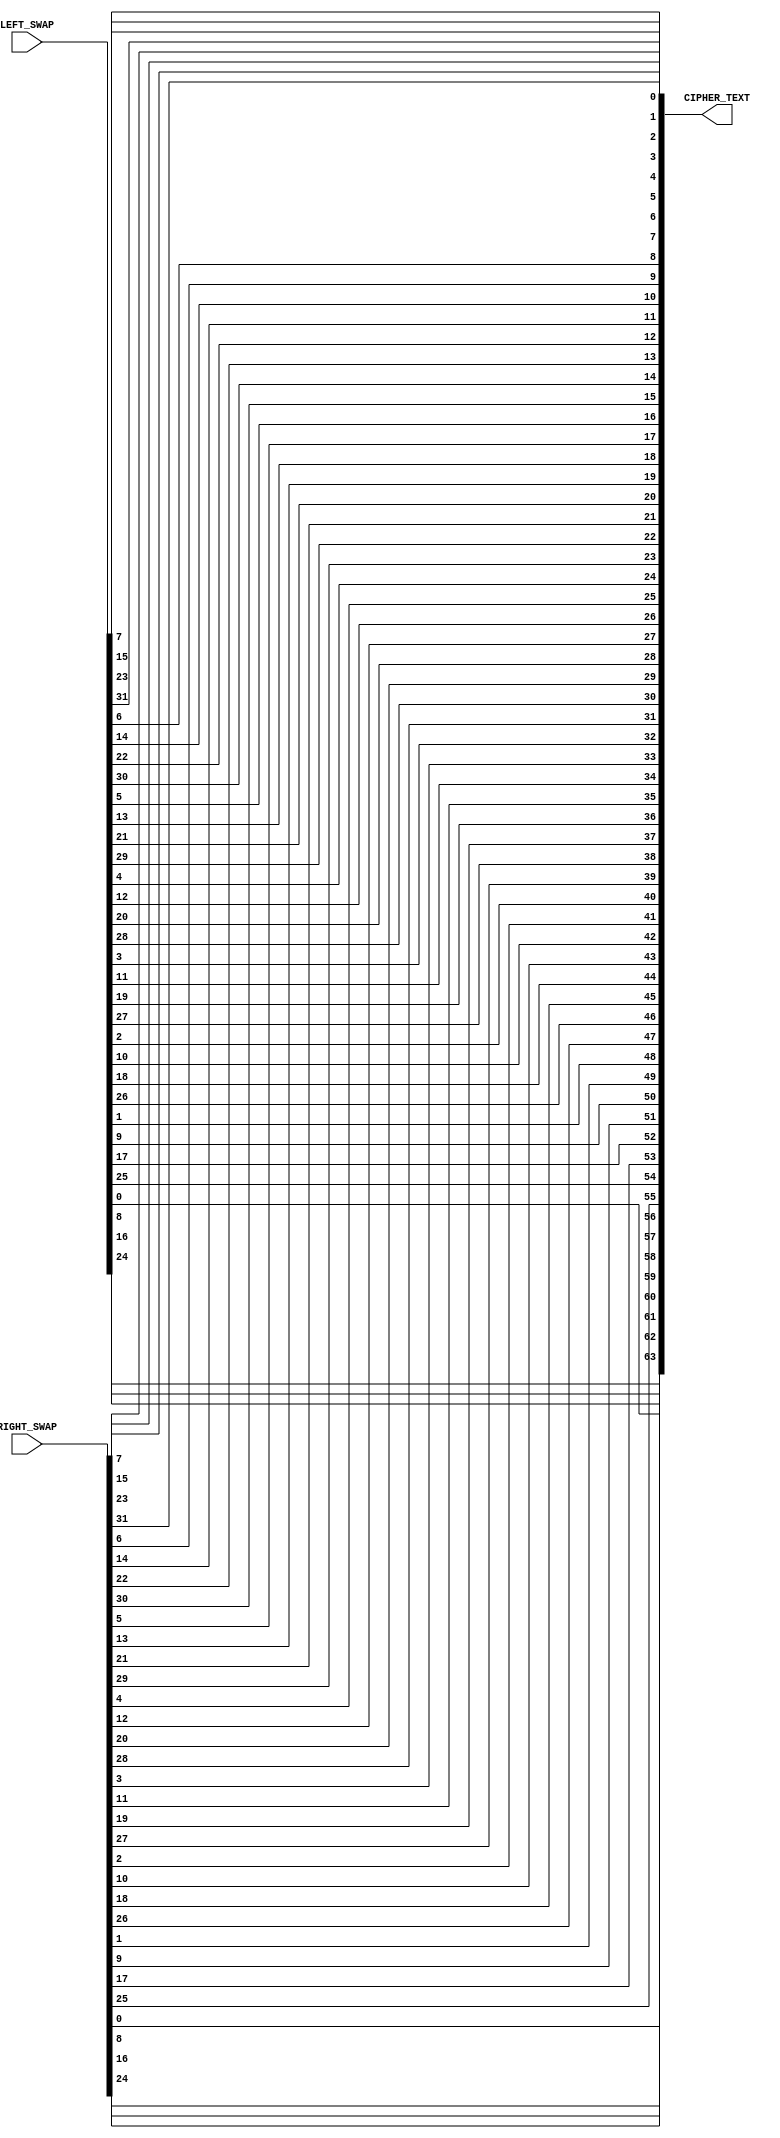
`timescale 1ns / 1ps
//////////////////////////////////////////////////////////////////////////////////
// Alveera Gill 
// Module:    Des_Top 
// Project:   Data Encryption Standard Implementation using Verilog
//////////////////////////////////////////////////////////////////////////////////
module Inverse_Initial_Permutation(RIGHT_SWAP, LEFT_SWAP, CIPHER_TEXT);
input [32 : 1]RIGHT_SWAP;
input [32 : 1]LEFT_SWAP;
output [64 : 1]CIPHER_TEXT;
wire [32 : 1]RIGHT_SWAP;
wire [32 : 1]LEFT_SWAP;
reg [64 : 1]CIPHER_TEXT;
wire [64 : 1]TEMP;

assign TEMP = {LEFT_SWAP,RIGHT_SWAP};

always @(TEMP)
begin
CIPHER_TEXT[1]  <= TEMP[40];
CIPHER_TEXT[2]  <= TEMP[8];
CIPHER_TEXT[3]  <= TEMP[48];
CIPHER_TEXT[4]  <= TEMP[16];
CIPHER_TEXT[5]  <= TEMP[56];
CIPHER_TEXT[6]  <= TEMP[24];
CIPHER_TEXT[7]  <= TEMP[64];
CIPHER_TEXT[8]  <= TEMP[32];
CIPHER_TEXT[9]  <= TEMP[39];
CIPHER_TEXT[10] <= TEMP[7];
CIPHER_TEXT[11] <= TEMP[47];
CIPHER_TEXT[12] <= TEMP[15];
CIPHER_TEXT[13] <= TEMP[55];
CIPHER_TEXT[14] <= TEMP[23];
CIPHER_TEXT[15] <= TEMP[63];
CIPHER_TEXT[16] <= TEMP[31];
CIPHER_TEXT[17] <= TEMP[38];
CIPHER_TEXT[18] <= TEMP[6];
CIPHER_TEXT[19] <= TEMP[46];
CIPHER_TEXT[20] <= TEMP[14];
CIPHER_TEXT[21] <= TEMP[54];
CIPHER_TEXT[22] <= TEMP[22];
CIPHER_TEXT[23] <= TEMP[62];
CIPHER_TEXT[24] <= TEMP[30];
CIPHER_TEXT[25] <= TEMP[37];
CIPHER_TEXT[26] <= TEMP[5];
CIPHER_TEXT[27] <= TEMP[45];
CIPHER_TEXT[28] <= TEMP[13];
CIPHER_TEXT[29] <= TEMP[53];
CIPHER_TEXT[30] <= TEMP[21];
CIPHER_TEXT[31] <= TEMP[61];
CIPHER_TEXT[32] <= TEMP[29];
CIPHER_TEXT[33] <= TEMP[36];
CIPHER_TEXT[34] <= TEMP[4];
CIPHER_TEXT[35] <= TEMP[44];
CIPHER_TEXT[36] <= TEMP[12];
CIPHER_TEXT[37] <= TEMP[52];
CIPHER_TEXT[38] <= TEMP[20];
CIPHER_TEXT[39] <= TEMP[60];
CIPHER_TEXT[40] <= TEMP[28];
CIPHER_TEXT[41] <= TEMP[35];
CIPHER_TEXT[42] <= TEMP[3];
CIPHER_TEXT[43] <= TEMP[43];
CIPHER_TEXT[44] <= TEMP[11];
CIPHER_TEXT[45] <= TEMP[51];
CIPHER_TEXT[46] <= TEMP[19];
CIPHER_TEXT[47] <= TEMP[59];
CIPHER_TEXT[48] <= TEMP[27];
CIPHER_TEXT[49] <= TEMP[34];
CIPHER_TEXT[50] <= TEMP[2];
CIPHER_TEXT[51] <= TEMP[42];
CIPHER_TEXT[52] <= TEMP[10];
CIPHER_TEXT[53] <= TEMP[50];
CIPHER_TEXT[54] <= TEMP[18];
CIPHER_TEXT[55] <= TEMP[58];
CIPHER_TEXT[56] <= TEMP[26];
CIPHER_TEXT[57] <= TEMP[33];
CIPHER_TEXT[58] <= TEMP[1];
CIPHER_TEXT[59] <= TEMP[41];
CIPHER_TEXT[60] <= TEMP[9];
CIPHER_TEXT[61] <= TEMP[49];
CIPHER_TEXT[62] <= TEMP[17];
CIPHER_TEXT[63] <= TEMP[57];
CIPHER_TEXT[64] <= TEMP[25];
end
endmodule